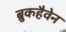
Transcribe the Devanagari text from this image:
ब्रुकहैवेन